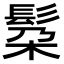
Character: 𮫄